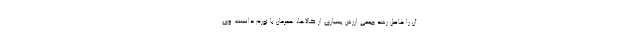
آن را حاصل رشد جمعی ارزش بسیاری از کالاها، همزمان با تورم دانست. وی